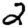
Digit: 2